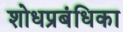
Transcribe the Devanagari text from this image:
शोधप्रबंधिका